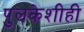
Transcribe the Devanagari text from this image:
पुलकेशीही